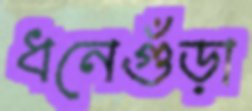
ধনেগুঁড়া